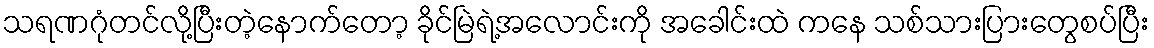
သရဏဂုံတင်လို့ပြီးတဲ့နောက်တော့ ခိုင်မြဲရဲ့အလောင်းကို အခေါင်းထဲ ကနေ သစ်သားပြားတွေစပ်ပြီး